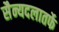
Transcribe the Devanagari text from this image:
सैन्यदलातर्फे